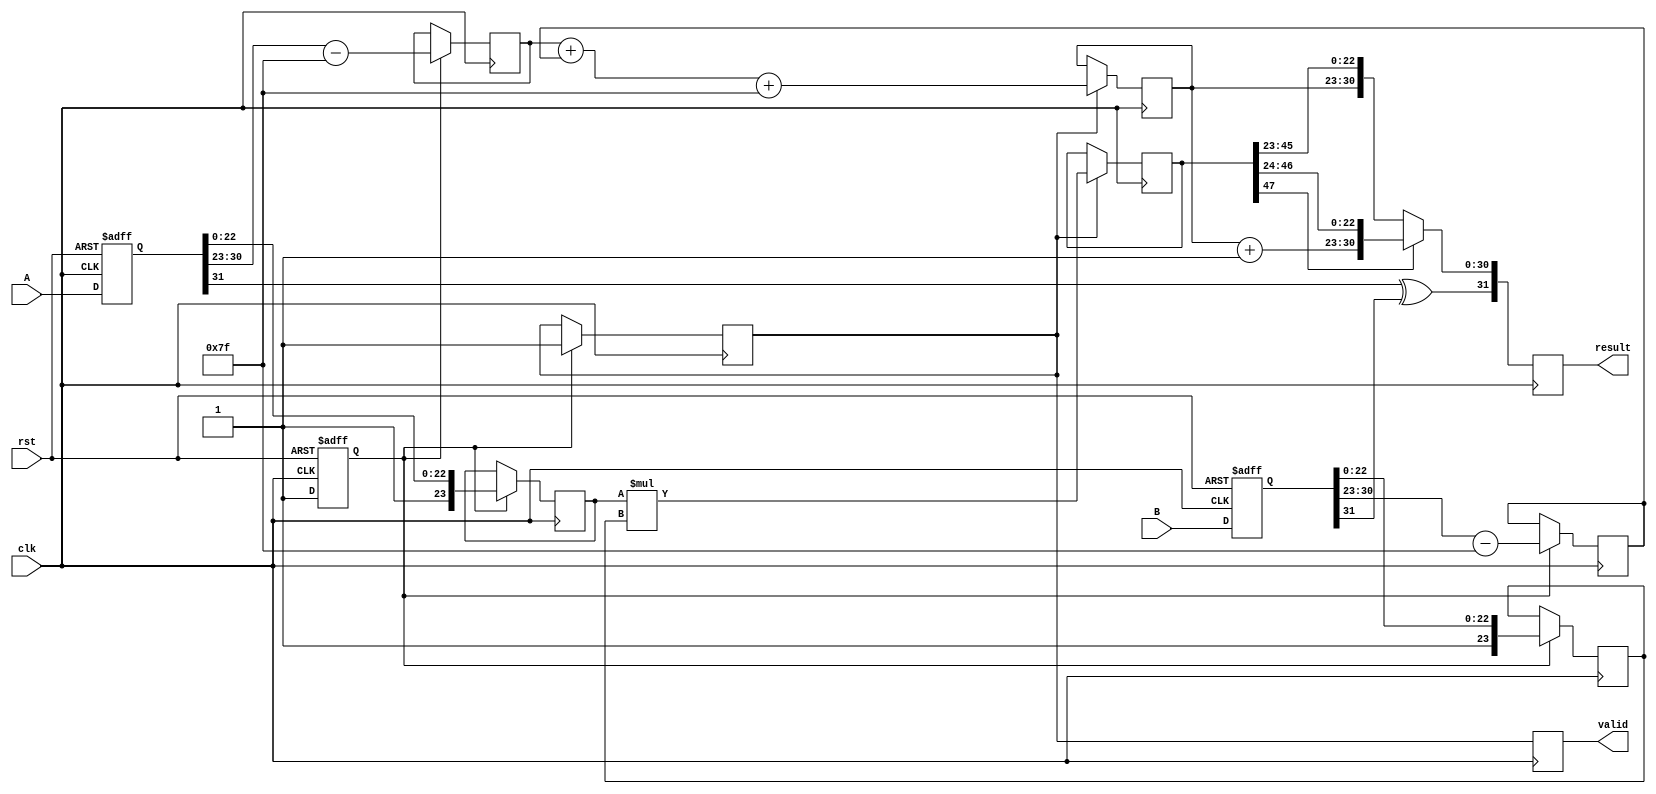
module pipelined_fp_multiplier (
    input wire clk,
    input wire rst,
    input wire [31:0] A, // First input
    input wire [31:0] B, // Second input
    output reg [31:0] result, // Result output
    output reg valid // Valid signal for output
);

    // Stage 1: Input Registration
    reg [31:0] A_reg, B_reg;
    reg valid_reg;

    // Stage 2: Normalization of Mantissas
    wire [7:0] exp_A = A_reg[30:23] - 8'd127; // Extract and adjust exponent
    wire [7:0] exp_B = B_reg[30:23] - 8'd127;
    wire [23:0] mant_A = {1'b1, A_reg[22:0]}; // Implicit leading 1 for normalized mantissa
    wire [23:0] mant_B = {1'b1, B_reg[22:0]};

    reg [23:0] mant_A_reg, mant_B_reg;
    reg [7:0] exp_A_reg, exp_B_reg;
    reg valid_norm;

    // Stage 3: Mantissa Multiplication
    wire [47:0] mant_product = mant_A_reg * mant_B_reg; // Product of mantissas
    reg [47:0] mant_product_reg;
    reg [7:0] exp_sum_reg;

    // Stage 4: Exponent Addition
    always @(posedge clk or negedge rst) begin
        if (!rst) begin
            A_reg <= 32'b0;
            B_reg <= 32'b0;
            valid_reg <= 1'b0;
        end else begin
            // Pipeline flow
            A_reg <= A;
            B_reg <= B;
            valid_reg <= 1'b1;
        end
    end

    always @(posedge clk) begin
        if (valid_reg) begin
            mant_A_reg <= mant_A;
            mant_B_reg <= mant_B;
            exp_A_reg <= exp_A;
            exp_B_reg <= exp_B;
            valid_norm <= 1'b1;
        end
    end

    // Mantissa multiplication
    always @(posedge clk) begin
        if (valid_norm) begin
            mant_product_reg <= mant_product;
            exp_sum_reg <= exp_A_reg + exp_B_reg + 8'd127; // Add the bias for exponent
        end
    end

    // Stage 5: Result Normalization and Output Registration
    always @(posedge clk) begin
        if (mant_product_reg[47] == 1'b1) begin // If product is greater than 2.0
            result <= {A_reg[31] ^ B_reg[31], exp_sum_reg + 1'b1, mant_product_reg[46:24]}; 
            // Shift right the mantissa and increment exponent
        end else begin
            result <= {A_reg[31] ^ B_reg[31], exp_sum_reg, mant_product_reg[45:23]};
        end
        valid <= valid_norm; // Pass valid signal downstream
    end

endmodule